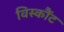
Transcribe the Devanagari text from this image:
विस्कौंट